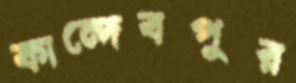
কান্দেবপুর